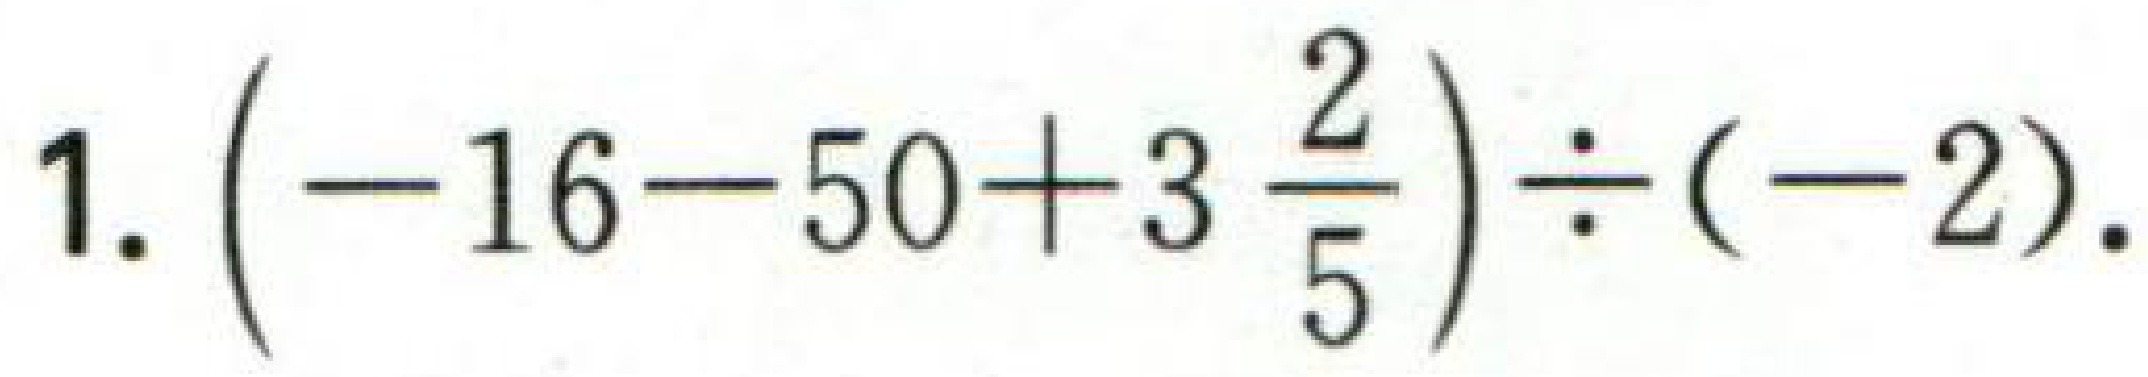
1. \(\left(-16 - 50+3\frac{2}{5}\right)\div(-2)\).